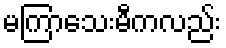
မကြာသေးမီကလည်း